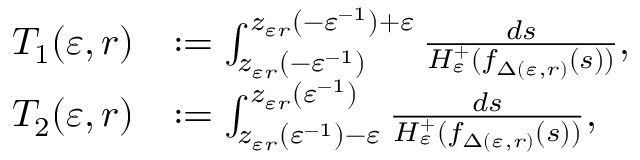
\begin{array} { r l } { T _ { 1 } ( \varepsilon , r ) } & { : = \int _ { z _ { \varepsilon r } ( - \varepsilon ^ { - 1 } ) } ^ { z _ { \varepsilon r } ( - \varepsilon ^ { - 1 } ) + \varepsilon } \frac { d s } { H _ { \varepsilon } ^ { + } ( f _ { \Delta ( \varepsilon , r ) } ( s ) ) } , } \\ { T _ { 2 } ( \varepsilon , r ) } & { : = \int _ { z _ { \varepsilon r } ( \varepsilon ^ { - 1 } ) - \varepsilon } ^ { z _ { \varepsilon r } ( \varepsilon ^ { - 1 } ) } \frac { d s } { H _ { \varepsilon } ^ { + } ( f _ { \Delta ( \varepsilon , r ) } ( s ) ) } , } \end{array}